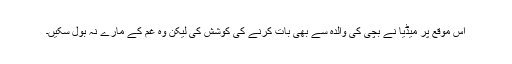
اس موقع پر میڈیا نے بچی کی والدہ سے بھی بات کرنے کی کوشش کی لیکن وہ غم کے مارے نہ بول سکیں۔